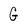
Character: G